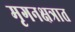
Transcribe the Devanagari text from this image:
मृगनक्षत्रात